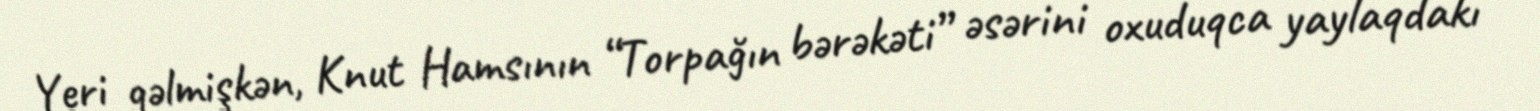
Yeri gəlmişkən, Knut Hamsının “Torpağın bərəkəti” əsərini oxuduqca yaylaqdakı